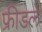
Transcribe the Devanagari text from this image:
फ्रीडले